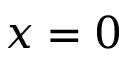
x = 0